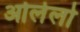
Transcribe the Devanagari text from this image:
ओलेलो